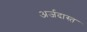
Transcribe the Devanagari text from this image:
अर्जदास्‍त